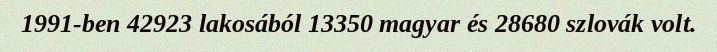
1991-ben 42923 lakosából 13350 magyar és 28680 szlovák volt.